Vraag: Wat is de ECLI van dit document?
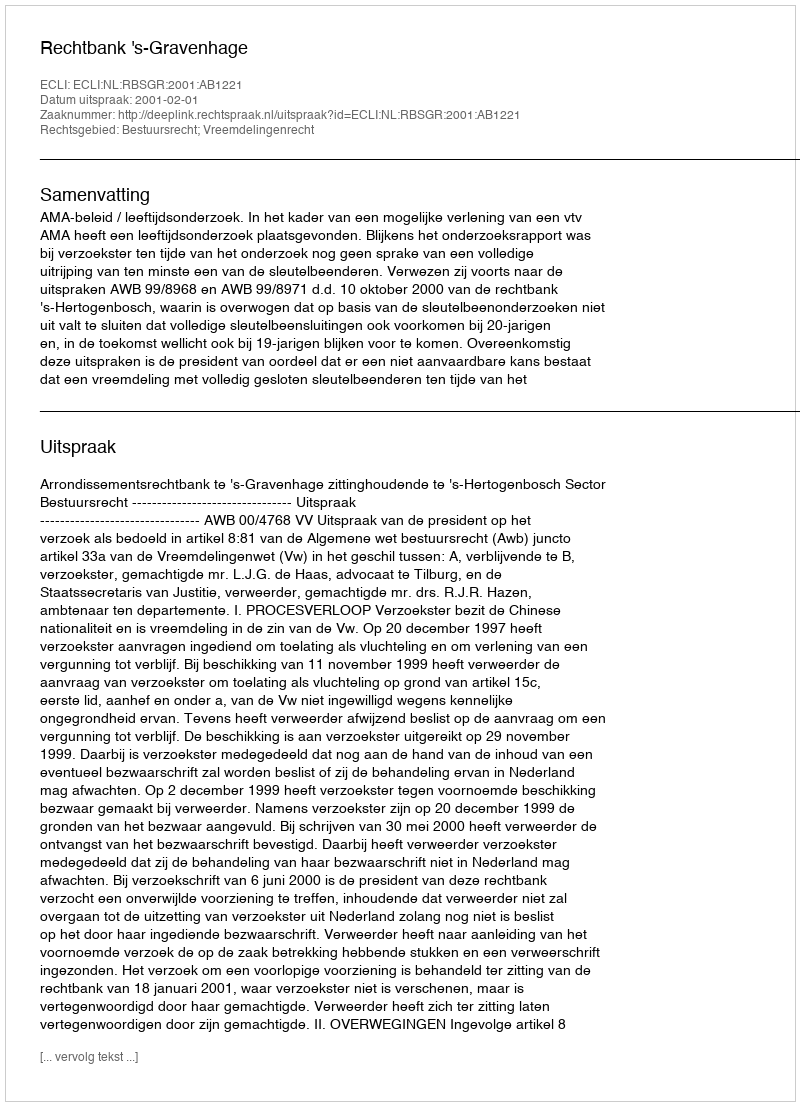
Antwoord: ECLI:NL:RBSGR:2001:AB1221